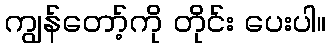
ကျွန်တော့်ကို တိုင်း ပေးပါ။